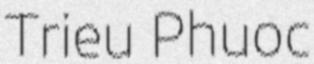
Trieu Phuoc